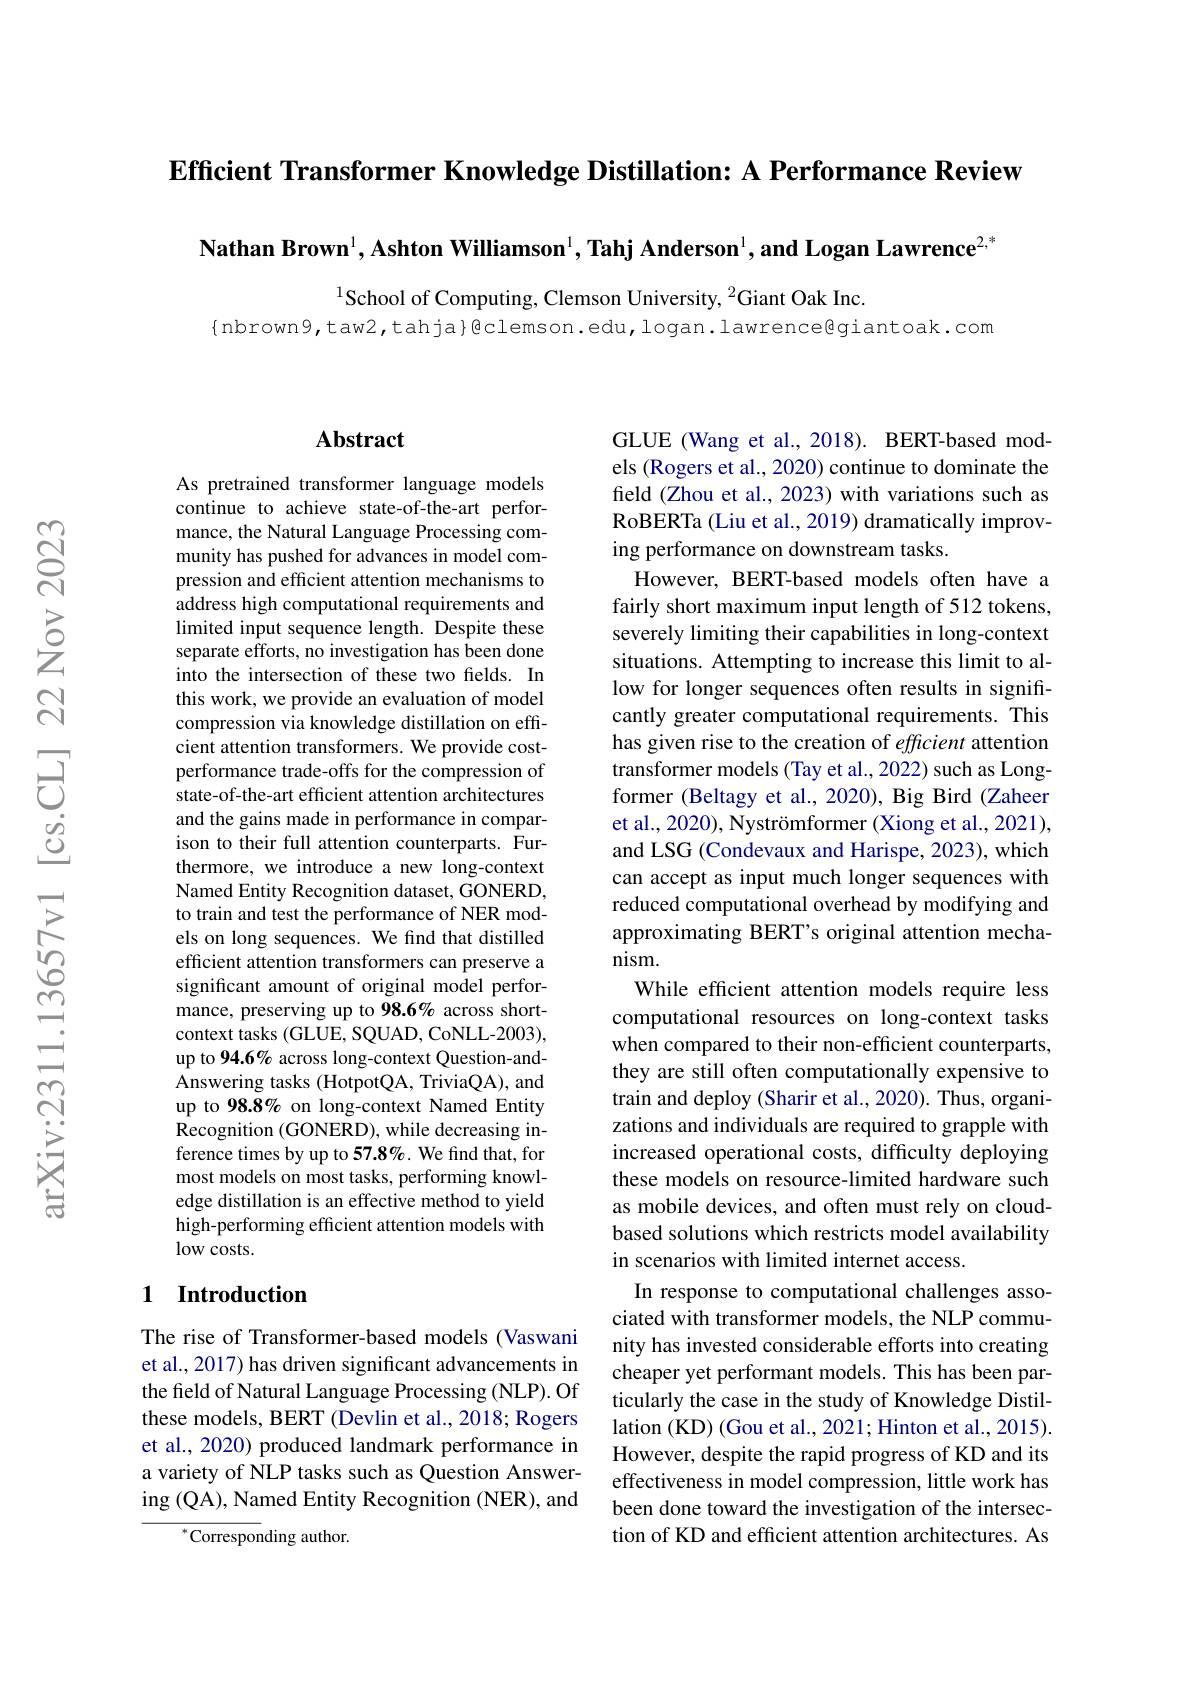
Efficient Transformer Knowledge Distillation: A Performance Review

Nathan Brown$^1,\textbf{AshtonWilliamson}^1,\textbf{Tahj Anderson}^1,\textbf{and Logan Lawrence}^{2,*}$

$^{1}$School of Computing, Clemson University, $^2$Giant Oak Inc.
{nbrown9,taw2,tahja}@clemson.edu,logan.lawrence@giantoak.com

## $\mathbf{Abstract}$

As pretrained transformer language models continue to achieve state-of-the-art performance, the Natural Language Processing community has pushed for advances in model compression and efficient attention mechanisms to address high computational requirements and limited input sequence length. Despite these separate efforts, no investigation has been done into the intersection of these two fields. In this work, we provide an evaluation of model compression via knowledge distillation on efficient attention transformers. We provide costperformance trade-offs for the compression of state-of-the-art efficient attention architectures and the gains made in performance in comparison to their full attention counterparts. Furthermore, we introduce a new long-context Named Entity Recognition dataset, GONERD, to train and test the performance of NER models on long sequences. We find that distilled efficient attention transformers can preserve a significant amount of original model performance, preserving up to 98.6% across shortcontext tasks (GLUE, SQUAD, CoNLL-2003), up to 94.6% across long-context Question-andAnswering tasks (HotpotQA, TriviaQA), and up to 98.8% on long-context Named Entity Recognition (GONERD), while decreasing inference times by up to 57.8%. We find that, for most models on most tasks, performing knowledge distillation is an effective method to yield high-performing efficient attention models with low costs.

## 1 Introduction

The rise of Transformer-based models (Vaswani et al., 2017) has driven significant advancements in the field of Natural Language Processing (NLP). Of these models, BERT (Devlin et al., 2018; Rogers et al., 2020) produced landmark performance in a variety of NLP tasks such as Question Answering (QA), Named Entity Recognition (NER), and

$^{*}$Corresponding author.

GLUE (Wang et al., 2018). BERT-based models (Rogers et al., 2020) continue to dominate the field (Zhou et al., 2023) with variations such as RoBERTa (Liu et al., 2019) dramatically improving performance on downstream tasks.
However, BERT-based models often have a fairly short maximum input length of 512 tokens, severely limiting their capabilities in long-context situations. Attempting to increase this limit to allow for longer sequences often results in significantly greater computational requirements. This has given rise to the creation of efficient attention transformer models (Tay et al., 2022) such as Longformer (Beltagy et al., 2020), Big Bird (Zaheer et al., 2020), Nyströmformer (Xiong et al., 2021), and LSG (Condevaux and Harispe, 2023), which can accept as input much longer sequences with reduced computational overhead by modifying and approximating BERT's original attention mechanism.
While efficient attention models require less computational resources on long-context tasks when compared to their non-efficient counterparts, they are still often computationally expensive to train and deploy (Sharir et al., 2020). Thus, organizations and individuals are required to grapple with increased operational costs, difficulty deploying these models on resource-limited hardware such as mobile devices, and often must rely on cloudbased solutions which restricts model availability in scenarios with limited internet access.
In response to computational challenges associated with transformer models, the NLP community has invested considerable efforts into creating cheaper yet performant models. This has been particularly the case in the study of Knowledge Distillation (KD) (Gou et al., 2021; Hinton et al., 2015). However, despite the rapid progress of KD and its effectiveness in model compression, little work has been done toward the investigation of the intersection of KD and efficient attention architectures. As